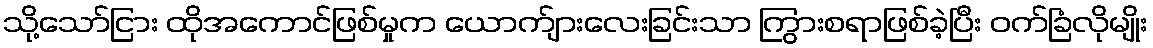
သို့သော်ငြား ထိုအကောင်ဖြစ်မှုက ယောက်ျားလေးခြင်းသာ ကြွားစရာဖြစ်ခဲ့ပြီး ဝက်ခြံလိုမျိုး